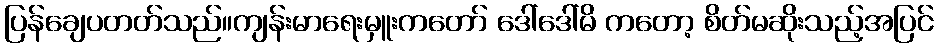
ပြန်ချေပတတ်သည်။ကျန်းမာရေးမှူးကတော် ဒေါ်ဒေါ်မိ ကတော့ စိတ်မဆိုးသည့်အပြင်